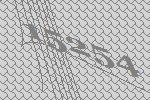
15254